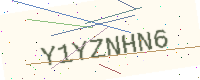
Text: Y1YZNHN6